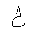
Letter: _ha